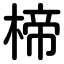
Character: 楴